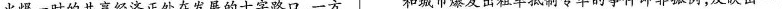
火爆一时的共享经济正处在发展的十字路口。一方和城市爆发出租车抵制专车的事件即非孤例，反映出一